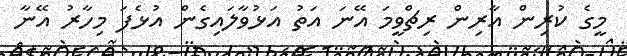
މީގެ ކުރިން އާރިން ރިޗްވީމަ އޭނަ އަތު އަޅުވާލައިގެން އުޅެފަ މިހާރު އޭނާ